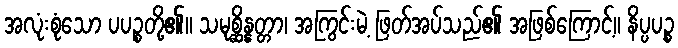
အလုံးစုံသော ပပဉ္စတို့၏။ သမုစ္ဆိန္နတ္တာ၊ အကြွင်းမဲ့ ဖြတ်အပ်သည်၏ အဖြစ်ကြောင့်။ နိပ္ပပဉ္စ